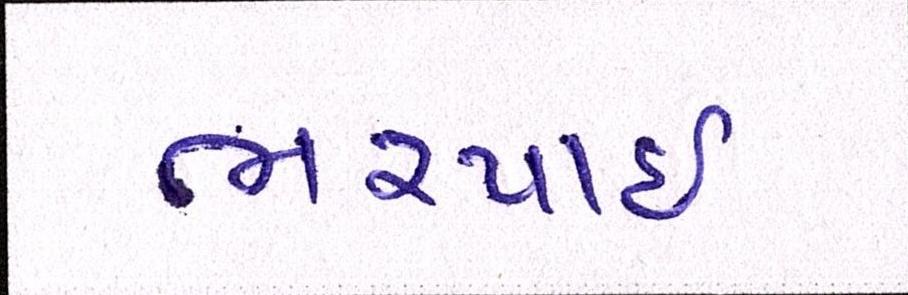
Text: ભરપાઈ